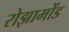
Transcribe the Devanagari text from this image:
रोझामोंड